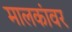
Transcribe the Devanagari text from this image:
मालकांवर